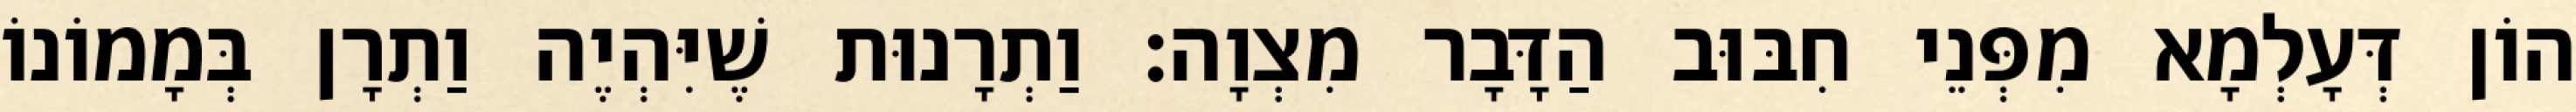
הוֹן דְּעָלְמָא מִפְּנֵי חִבּוּב הַדָּבָר מִצְוָה: וַתְרָנוּת שֶׁיִּהְיֶה וַתְרָן בְּמָמוֹנוֹ